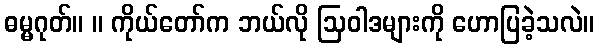
ဓမ္မဂုတ်။ ။ ကိုယ်တော်က ဘယ်လို ဩဝါဒများကို ဟောပြခဲ့သလဲ။